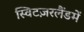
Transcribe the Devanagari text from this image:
स्विटज़रलैंडमें